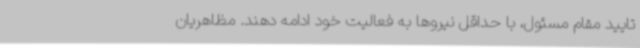
تایید مقام مسئول، با حداقل نیروها به فعالیت خود ادامه دهند. مظاهریان